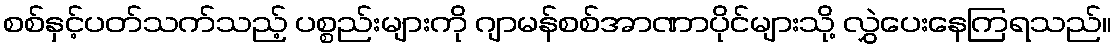
စစ်နှင့်ပတ်သက်သည့် ပစ္စည်းများကို ဂျာမန်စစ်အာဏာပိုင်များသို့ လွှဲပေးနေကြရသည်။